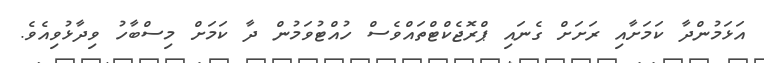
އަޅަމުންދާ ކަމަށާއި ރަށަށް ގެނައި ޕްރޮޖެކްޓްތައްވެސް ހުއްޓުވަމުން ދާ ކަމަށް މިސްބާހު ވިދާޅުވިއެވެ.